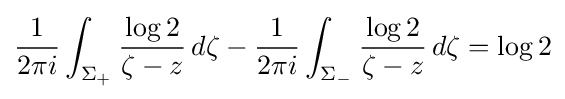
{\frac {1}{2\pi i}}\int _{\Sigma _{+}}{\frac {\log 2}{\zeta -z}}\,d\zeta -{\frac {1}{2\pi i}}\int _{\Sigma _{-}}{\frac {\log {2}}{\zeta -z}}\,d\zeta =\log 2